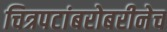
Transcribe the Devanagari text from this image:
चित्रपटांबरोबरीनेच